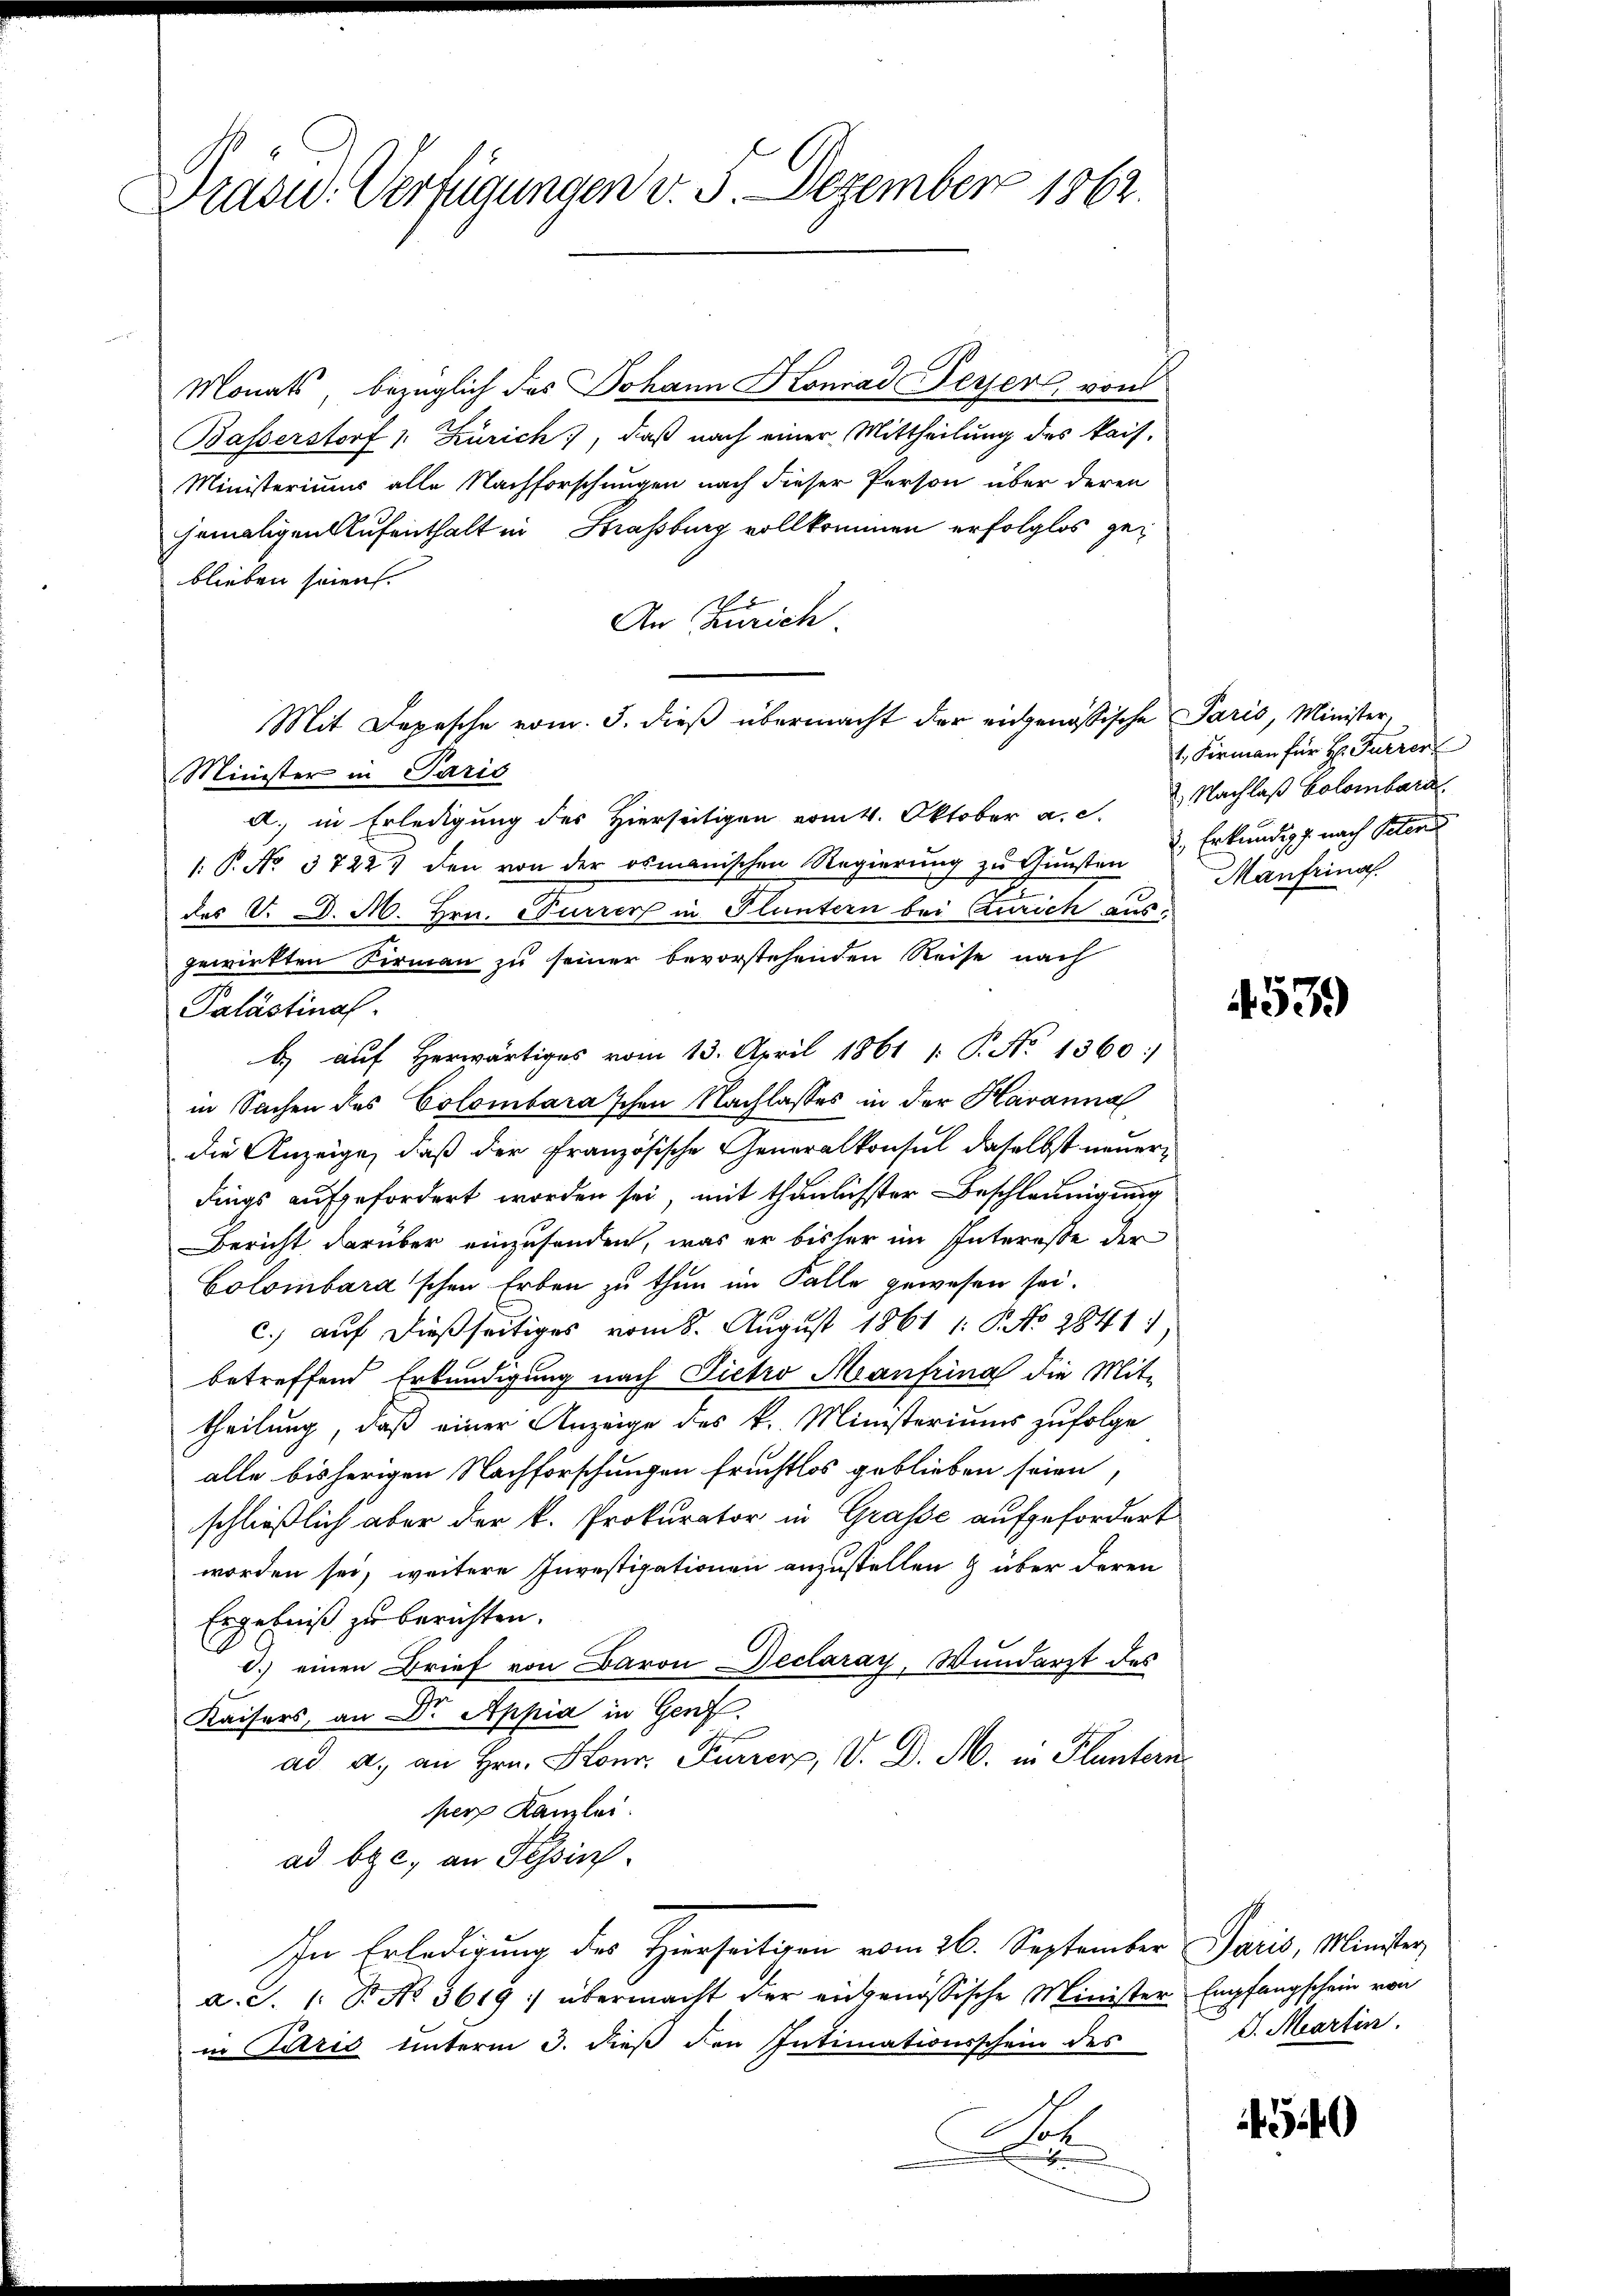
Präsid. Verfügungen v. 5. Dezember 1862.

Monats, bezüglich des Johann Konrad Feyer, von
Basserstorf v. Zürich, daß nach einer Mittheilung des kais.
Ministeriums alle Nachforschungen nach dieser Person über deren
hemaligen Aufenthalt in Strassburg vollkommen erfolglos geblieben seien.
An Zürich.
a. in Erledigung des Hierseitigen vom 4. Oktober a. ..  Nachlaß Colombard
1. P. No. 37223 den von der osmanischen Regierung zu Gunsten 2 Erkundigg. nach Peten
des V. D. M. Hrn. Currer in Fluntern bei Anrich aus:
gewirkten Firmann zu seiner bevorstehenden Reise nach
Palästinal
b auf herwärtiges vom 13. April 1861 /: P. No 1360:
in Sachen des Colombara'schen Nachlasses in der Havanna
die Anzeige, daß der Französische Generalkonsul daselbst neuerdings aufgefordert worden sei, mit thunlichster Beschleunigung
Bericht darüber einzusenden, was er bisher im Interesse der
Colombara'schen Erben zu thun im Falle gewesen sei.
c.) auf dießseitiges vom 8. August 1861 1: P. No 28411,
betreffend Erkundigung nach Dietro Manfrina die Mit-
theilung, daß einer Anzeige des k. Ministeriums zufolge
alle bisherigen Nachforschungen fruchtlos geblieben seien,
schließlich aber der k. Prokurator in Grafe aufgefordert
worden sei, weitere Investipationen anzustellen & über deren
Ergebniß zu berichten.
.) einen Brief von Baron Declaray, Wundarst des
Kaisers, an Dr. Appia in Genf
ad a. an Hrn. So uner, V. D. M. in Fluntern
per Kanzlei.
ad b. c. an Tessin.
In Erledigung des Hierseitigen vom 26. September Paris, Minister,
a. S. 1: Dr. No. 3619 :/ übermacht der eidgenössische Minister Empfangschein von
in Paris unterm 3. dieβ den Intimationsschein des C. Martin.
l

Minister in Paris

Mit Depesche vom 3. dieβ übermacht der eidgenössische Paris, Minister,

1 Firmann für H. Furrer
Manfrina.

4539

5